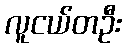
လူငယ်တဦး